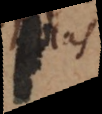
las